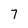
Character: 7